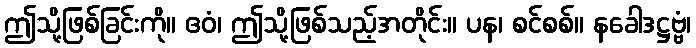
ဤသို့ဖြစ်ခြင်းကို။ ဧဝံ၊ ဤသို့ဖြစ်သည့်အတိုင်း။ ပန၊ စင်စစ်။ နခေါဒဋ္ဌဗ္ဗံ၊